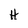
Character: H